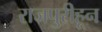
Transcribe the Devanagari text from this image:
राजपुरीहून